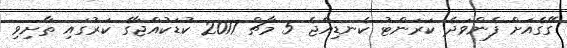
ގޭގެއަށް ފެންވަދެ ކަރަންޓު ކެނޑިއްޖެ 5 މާޗް 2017 ކުޑަކުއްޖާގެ ކަރުގައި ތާށިވި